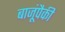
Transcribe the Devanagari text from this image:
बाजूंपैकी